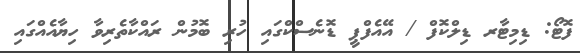
ފޮޓޯ: ޑިމިޓާރ ޑިލްކޮފް / އޭއެފްޕީ ޑޮނެސްކްގައި ހުރި ބޮމުން ރައްކާތެރިވާ ހިޔާއެއްގައި